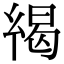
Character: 𢇋